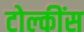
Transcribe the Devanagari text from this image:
टोल्कींस